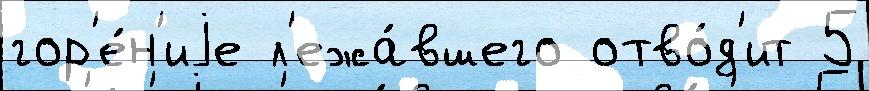
гор'е́н'иjе л'ежа́вшего отво́д'ит 5